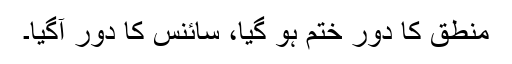
منطق کا دور ختم ہو گیا، سائنس کا دور آگیا۔